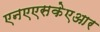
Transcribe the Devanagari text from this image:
एनएएसकेएआर